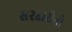
સરદારોનો